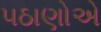
પઠાણોએ